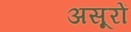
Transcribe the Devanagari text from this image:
असूरों